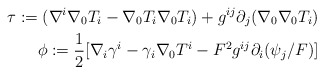
\begin{align*}\tau:=(\nabla^i\nabla_0T_i-\nabla_0T_i\nabla_0T_i)+g^{ij}\partial_j(\nabla_0\nabla_0T_i)\\\phi:=\frac{1}{2}[\nabla_i\gamma^i-\gamma_i\nabla_0T^i-F^2g^{ij}\partial_i(\psi_j/F)]\end{align*}